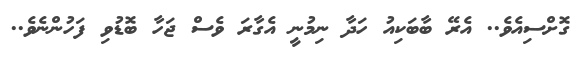
ގޮށްސިއެވެ.. އެރޭ ބާބަކިއު ހަދާ ނިމުނީ އެގާރަ ވެސް ޖަހާ ބޮޑުވި ފަހުންނެވެ..